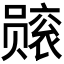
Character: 𫬙